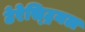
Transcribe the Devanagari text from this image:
टेरेस्‍ट्रियल